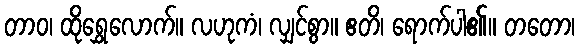
တာဝ၊ ထိုရွှေလောက်။ လဟုကံ၊ လျှင်စွာ။ ဧတိ၊ ရောက်ပါ၏။ တတော၊